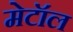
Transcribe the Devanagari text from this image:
मेटॉल